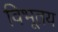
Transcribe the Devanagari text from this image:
विभूतय